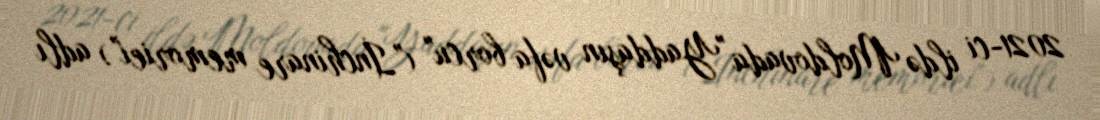
2021-ci ildə Moldovada "Yaddaşın vəfa borcu" ("İnchinare memoriei") adlı